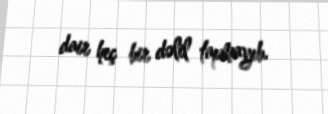
dair heç bir dəlil tapmayıb.